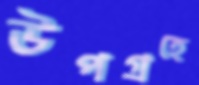
উপগ্রহে